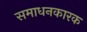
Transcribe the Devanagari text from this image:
समाधनकारक